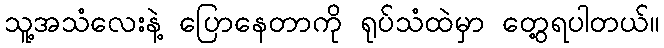
သူ့အသံလေးနဲ့ ပြောနေတာကို ရုပ်သံထဲမှာ တွေ့ရပါတယ်။